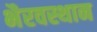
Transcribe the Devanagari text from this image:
भैरवस्थान